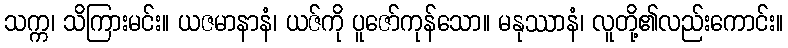
သက္က၊ သိကြားမင်း။ ယဇမာနာနံ၊ ယဇ်ကို ပူဇော်ကုန်သော။ မနုဿာနံ၊ လူတို့၏လည်းကောင်း။